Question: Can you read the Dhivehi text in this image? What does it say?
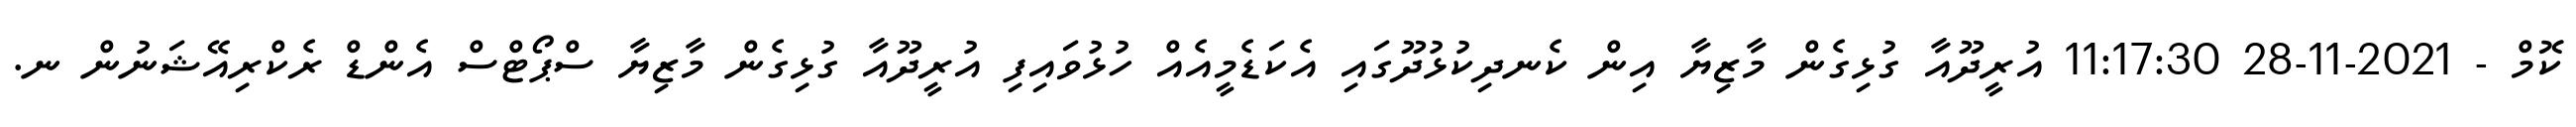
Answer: ކޮމް - 2021-11-28 11:17:30 އުރީދޫއާ ގުޅިގެން މާޒިޔާ އިން ކެނދިކުޅުދޫގައި އެކަޑެމީއެއް ހުޅުވައިފި އުރީދޫއާ ގުޅިގެން މާޒިޔާ ސްޕޯޓްސް އެންޑް ރެކްރިއޭޝަނުން ނ.